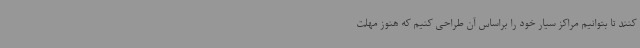
کنند تا بتوانیم مراکز سیار خود را براساس آن طراحی کنیم که هنوز مهلت